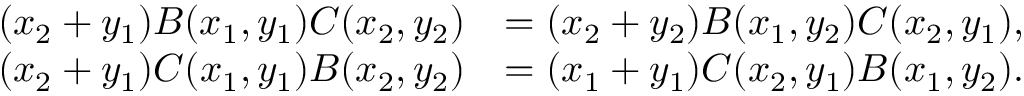
\begin{array} { r l } { ( x _ { 2 } + y _ { 1 } ) B ( x _ { 1 } , y _ { 1 } ) C ( x _ { 2 } , y _ { 2 } ) } & { = ( x _ { 2 } + y _ { 2 } ) B ( x _ { 1 } , y _ { 2 } ) C ( x _ { 2 } , y _ { 1 } ) , } \\ { ( x _ { 2 } + y _ { 1 } ) C ( x _ { 1 } , y _ { 1 } ) B ( x _ { 2 } , y _ { 2 } ) } & { = ( x _ { 1 } + y _ { 1 } ) C ( x _ { 2 } , y _ { 1 } ) B ( x _ { 1 } , y _ { 2 } ) . } \end{array}